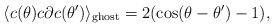
\begin{align*}\langle c(\theta)c\partial c(\theta')\rangle_{\mathrm{ghost}}=2(\cos (\theta-\theta')-1),\end{align*}